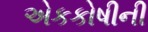
એકકોષીની